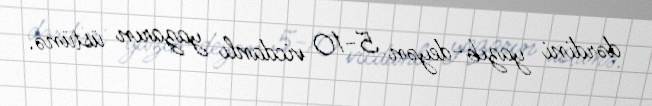
dərdini yazıb-deyən 5-10 vicdanlı yazarın üstünə.